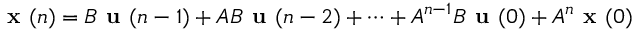
{ \textbf { x } } ( n ) = B { \textbf { u } } ( n - 1 ) + A B { \textbf { u } } ( n - 2 ) + \cdots + A ^ { n - 1 } B { \textbf { u } } ( 0 ) + A ^ { n } { \textbf { x } } ( 0 )